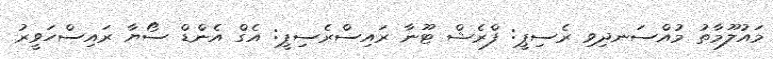
މައުލޫމާތު މުއްސަނދިވި ރެސިޕީ: ފްރެޝް ޓޫނާ ރައިސްރެސިޕީ: އެގް އެންޑް ސޯޔާ ރައިސްހަވީރު